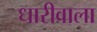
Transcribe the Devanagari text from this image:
धारीवाला